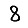
Digit: 8